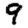
Digit: 9